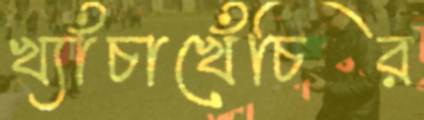
খ্যাঁচাখেঁচির